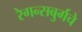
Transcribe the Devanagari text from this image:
रेगन्सबुर्गचे